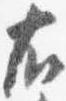
右